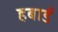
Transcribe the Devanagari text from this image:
हबार्ड